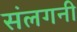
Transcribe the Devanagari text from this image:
संलगनी